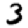
Digit: 3